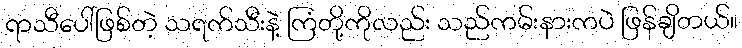
ရာသီပေါ်ဖြစ်တဲ့ သရက်သီးနဲ့ ကြံတို့ကိုလည်း သည်ကမ်းနားကပဲ ဖြန်ချိတယ်။